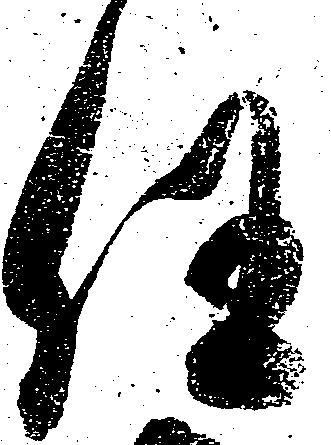
任